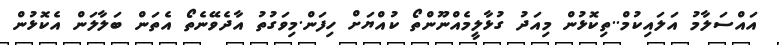
އައްސަލާމު އަލައިކުމް..ތިކޮޅުން މިއަދު ގުޅާލީމެއްނޫންތޯ ކުއްޔަށް ހިފަން.މިވަގުތު އާދެވޭނެތޯ އެތަން ބަލާލަން އެކޮޅުން